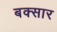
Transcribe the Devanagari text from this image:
बक्सार